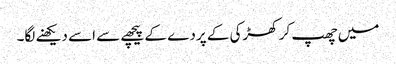
میں چھپ کر کھڑکی کے پردے کے پیچھے سے اسے دیکھنے لگا۔